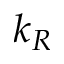
k _ { R }